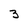
Character: 3